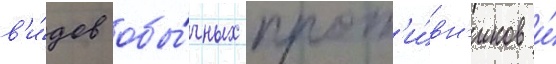
в'и́дов обы́чных прот'и́вн'иков и́